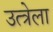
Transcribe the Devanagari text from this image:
उत्त्रेला